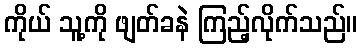
ကိုယ် သူ့ကို ဖျတ်ခနဲ ကြည့်လိုက်သည်။